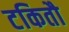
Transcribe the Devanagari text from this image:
टकितौ